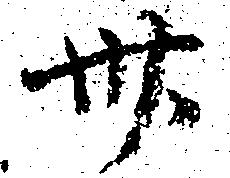
卅